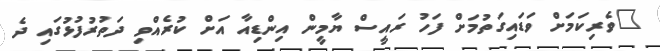
"ވެރިކަމަށް ވަޑައިގަތުމަށް ފަހު ރައީސް ޔާމީން އިންޑިއާ އަށް ކުރެއްވި ދަތުރުފުޅުގައި ދެ